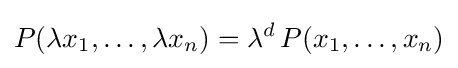
P(\lambda x_{1},\ldots ,\lambda x_{n})=\lambda ^{d}\,P(x_{1},\ldots ,x_{n})